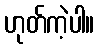
ဟုတ်ကဲ့ပါ။